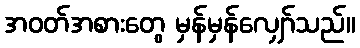
အဝတ်အစားတွေ မှန်မှန်လျှော်သည်။